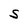
Character: S